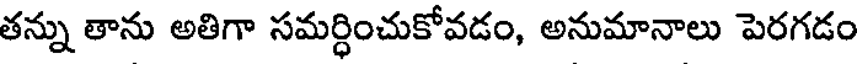
తన్ను తాను అతిగా సమర్ధించుకోవడం, అనుమానాలు పెరగడం